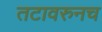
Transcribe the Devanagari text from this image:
तटावरुनच